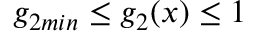
g _ { 2 m i n } \leq g _ { 2 } ( x ) \leq 1